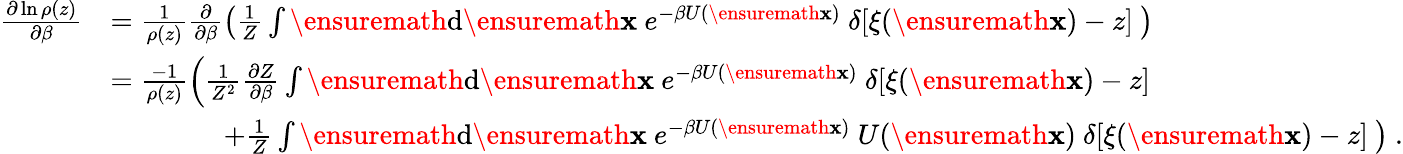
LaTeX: \begin{array}{rl}{\frac{\partial\ln\rho(z)}{\partial\beta}}&{=\frac{1}{\rho(z)}\frac{\partial}{\partial\beta}\left(\frac{1}{Z}\int\ensuremath{\mathrm{d}}\ensuremath{\mathbf{x}}\ e^{-\beta U(\ensuremath{\mathbf{x}})}\ \delta[\xi(\ensuremath{\mathbf{x}})-z]\ \right)}\\ &{=\frac{-1}{\rho(z)}\left(\frac{1}{Z^{2}}\frac{\partial Z}{\partial\beta}\int\ensuremath{\mathrm{d}}\ensuremath{\mathbf{x}}\ e^{-\beta U(\ensuremath{\mathbf{x}})}\ \delta[\xi(\ensuremath{\mathbf{x}})-z]\ \right.}\\ &{\qquad\qquad\left.+\frac{1}{Z}\int\ensuremath{\mathrm{d}}\ensuremath{\mathbf{x}}\ e^{-\beta U(\ensuremath{\mathbf{x}})}\ U(\ensuremath{\mathbf{x}})\ \delta[\xi(\ensuremath{\mathbf{x}})-z]\ \right)\ .}\end{array}